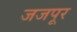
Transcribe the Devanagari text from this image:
जजपूर